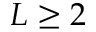
L \geq 2